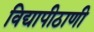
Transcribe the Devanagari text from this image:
विद्यापीठाणी